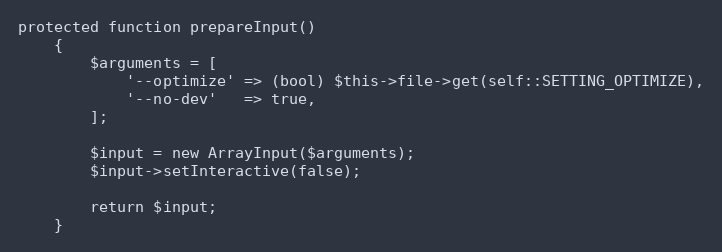
Language: PHP
protected function prepareInput()
    {
        $arguments = [
            '--optimize' => (bool) $this->file->get(self::SETTING_OPTIMIZE),
            '--no-dev'   => true,
        ];

        $input = new ArrayInput($arguments);
        $input->setInteractive(false);

        return $input;
    }